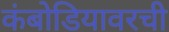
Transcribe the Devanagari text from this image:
कंबोडियावरची